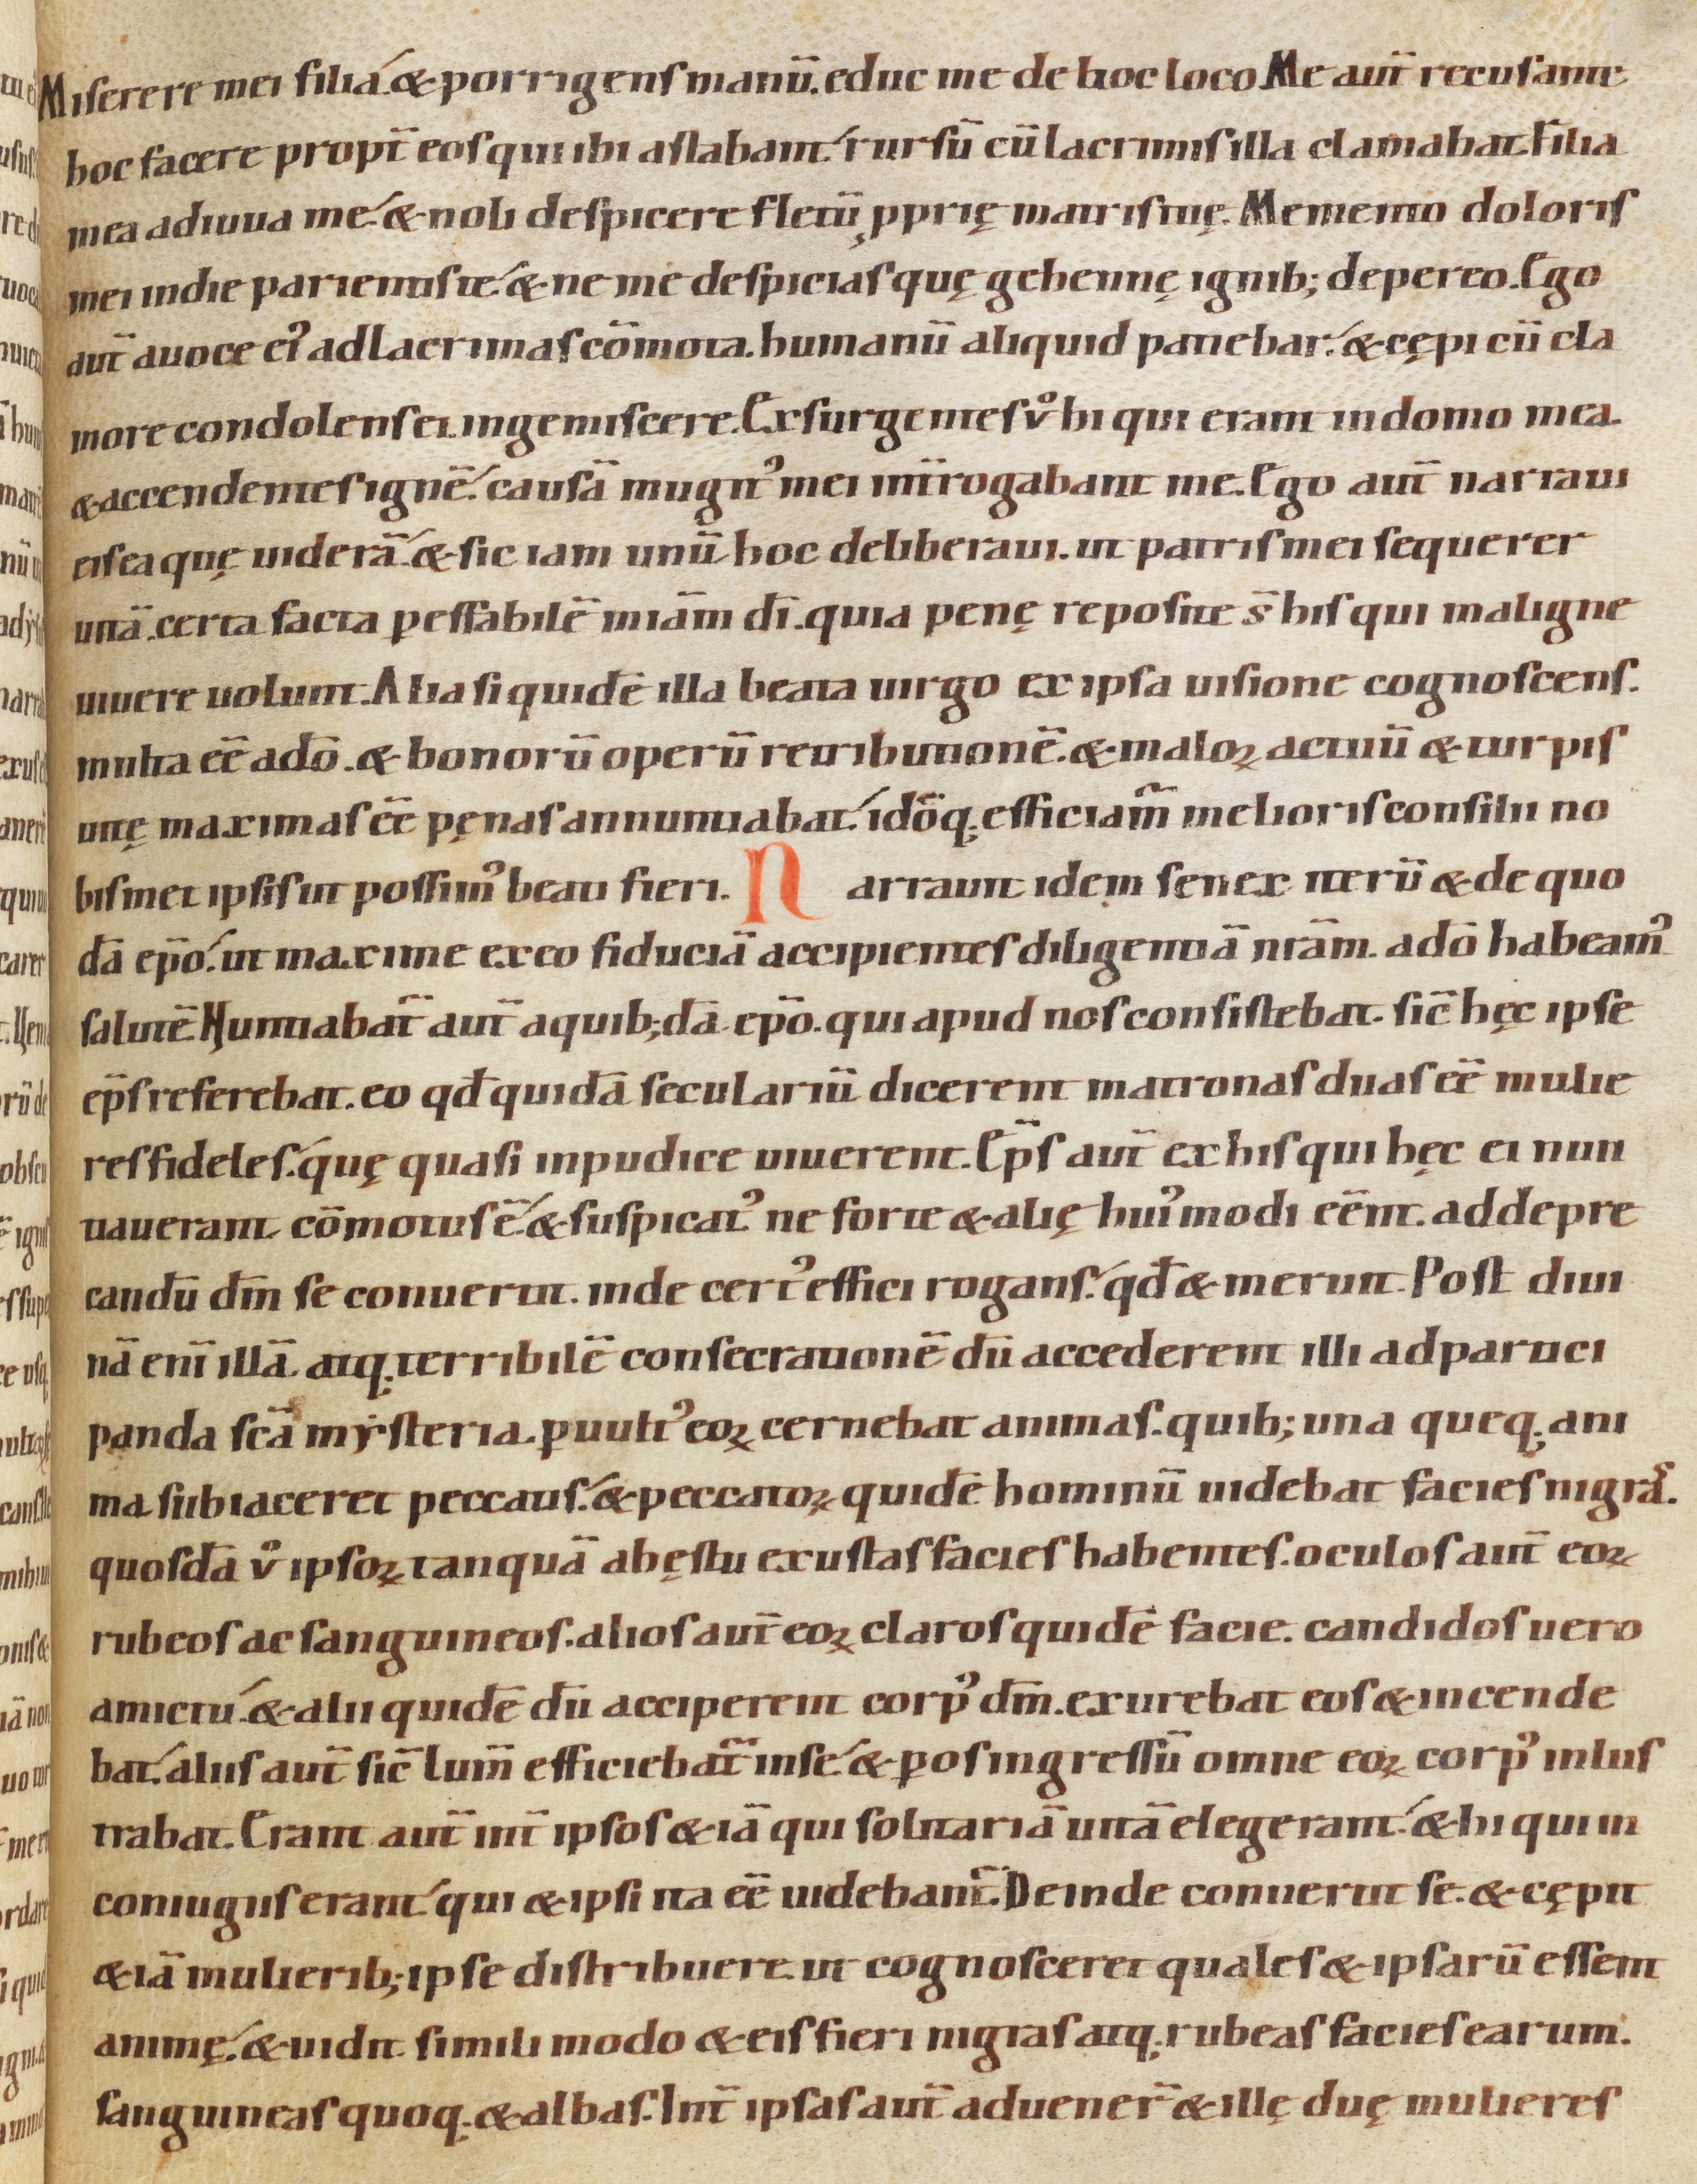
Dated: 1080–1096